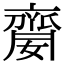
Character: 䶒